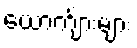
ယောက်ျားများ